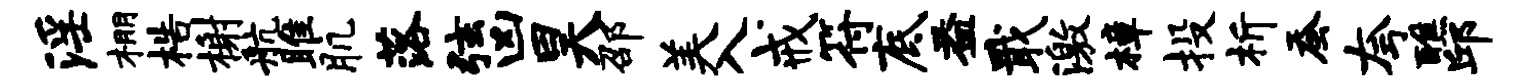
淫棚梏榭航雎肌落弦凶昊邵美入戒符底益戢激樟投析蚕夸醮邱